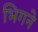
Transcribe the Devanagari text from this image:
भिगने